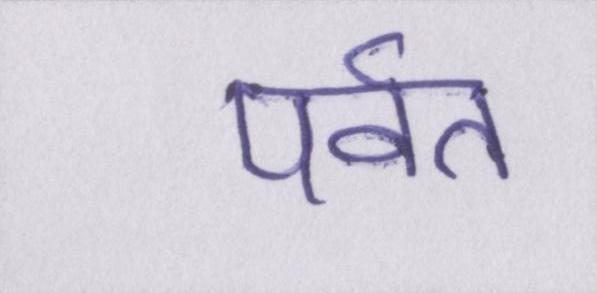
पर्वत